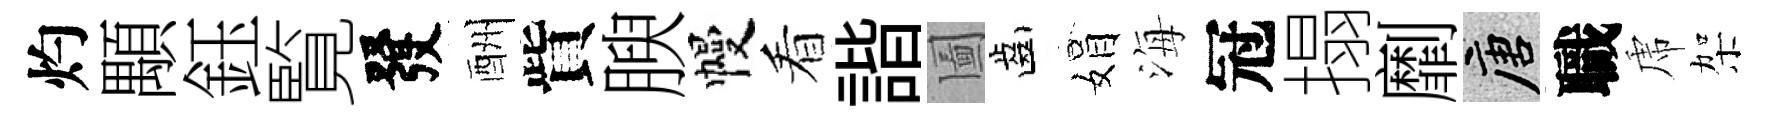
灼顒鈺覧發酬貲腴幔看諧圗齒娟海冠搨劘唐職虎架